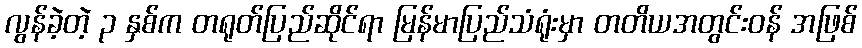
လွန်ခဲ့တဲ့ ၃ နှစ်က တရုတ်ပြည်ဆိုင်ရာ မြန်မာပြည်သံရုံးမှာ တတိယအတွင်းဝန် အဖြစ်